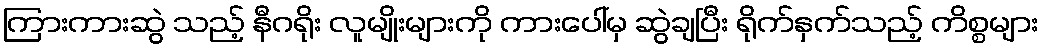
ကြားကားဆွဲ သည့် နီဂရိုး လူမျိုးများကို ကားပေါ်မှ ဆွဲချပြီး ရိုက်နှက်သည့် ကိစ္စများ